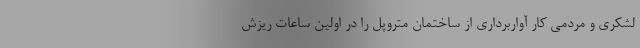
لشکری و مردمی کار آواربرداری از ساختمان متروپل را در اولین ساعات ریزش